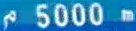
5000